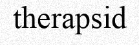
therapsid